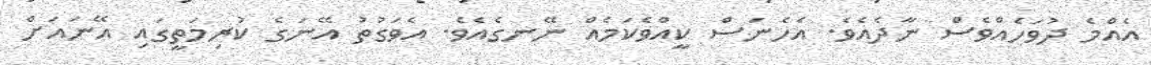
އެއްމެ ދުވަހެއްވެސް ނާދެއެވެ. އެހެނަސް ކީއްވެކަމެއް ނޭނގެއެވެ. އެވަގުތު އޭނަގެ ކުރިމަތީގައި އޭނައަށް